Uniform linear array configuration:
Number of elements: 12
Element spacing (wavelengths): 0.75
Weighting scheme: uniform
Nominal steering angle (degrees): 15
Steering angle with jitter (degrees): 15.343
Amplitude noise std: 0.05
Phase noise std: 0.05

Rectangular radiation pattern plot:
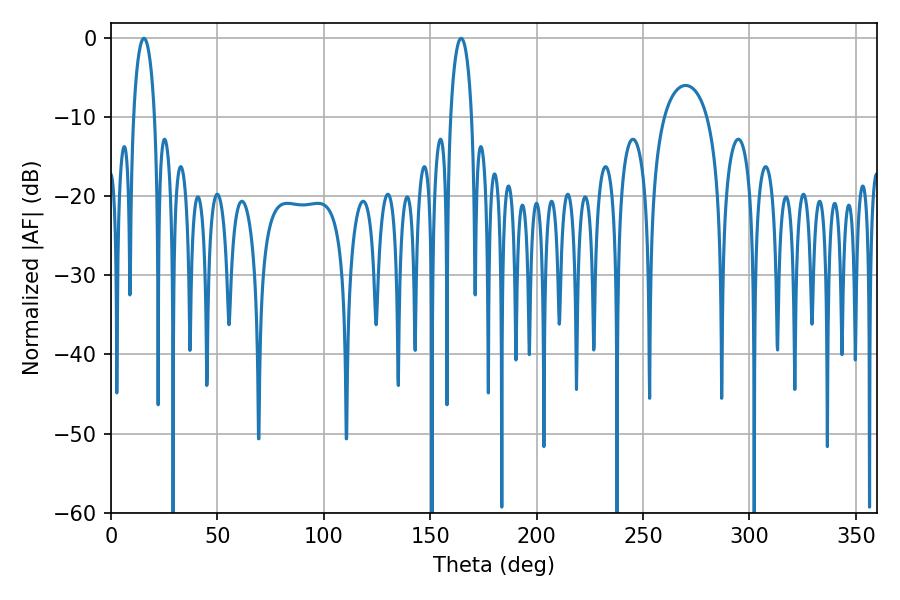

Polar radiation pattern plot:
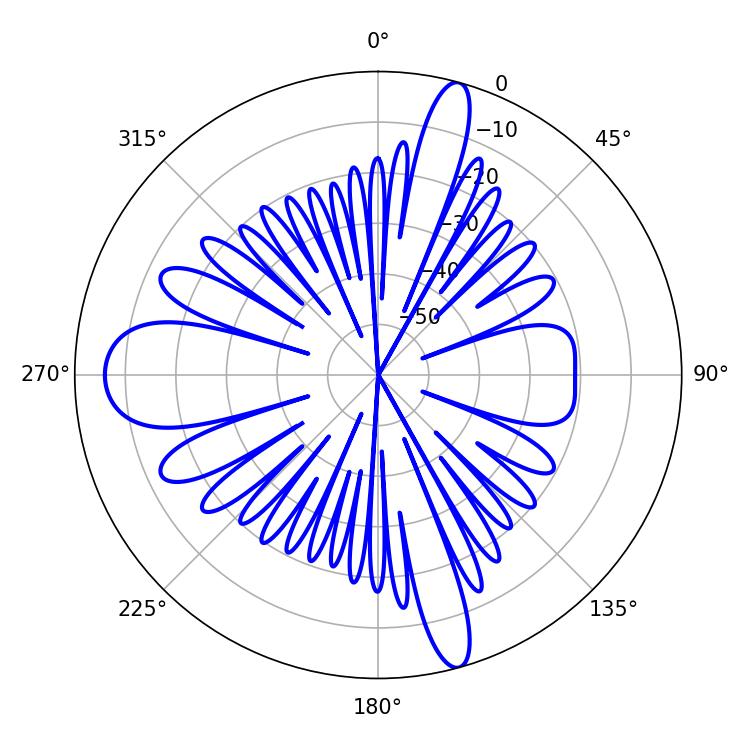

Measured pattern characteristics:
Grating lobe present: TRUE
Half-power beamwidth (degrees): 5.76
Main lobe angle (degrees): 15.48